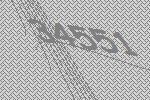
34551